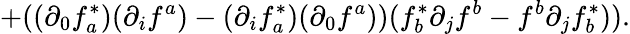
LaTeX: +((\partial_{0}f_{a}^{*})(\partial_{i}f^{a})-(\partial_{i}f_{a}^{*})(\partial_{0}f^{a}))(f_{b}^{*}\partial_{j}f^{b}-f^{b}\partial_{j}f_{b}^{*})).